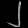
Digit: ၂